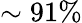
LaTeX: \sim 91\%